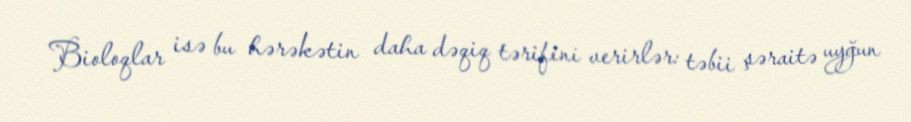
Bioloqlar isə bu hərəkətin daha dəqiq tərifini verirlər: təbii şəraitə uyğun